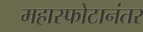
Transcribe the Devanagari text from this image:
महास्फोटानंतर